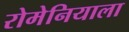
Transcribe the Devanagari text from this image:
रोमेनियाला